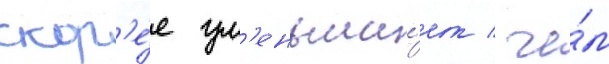
скор'е́е ум'еньша́ет / че́м